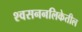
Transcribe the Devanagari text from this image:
श्वसननलिकेतील